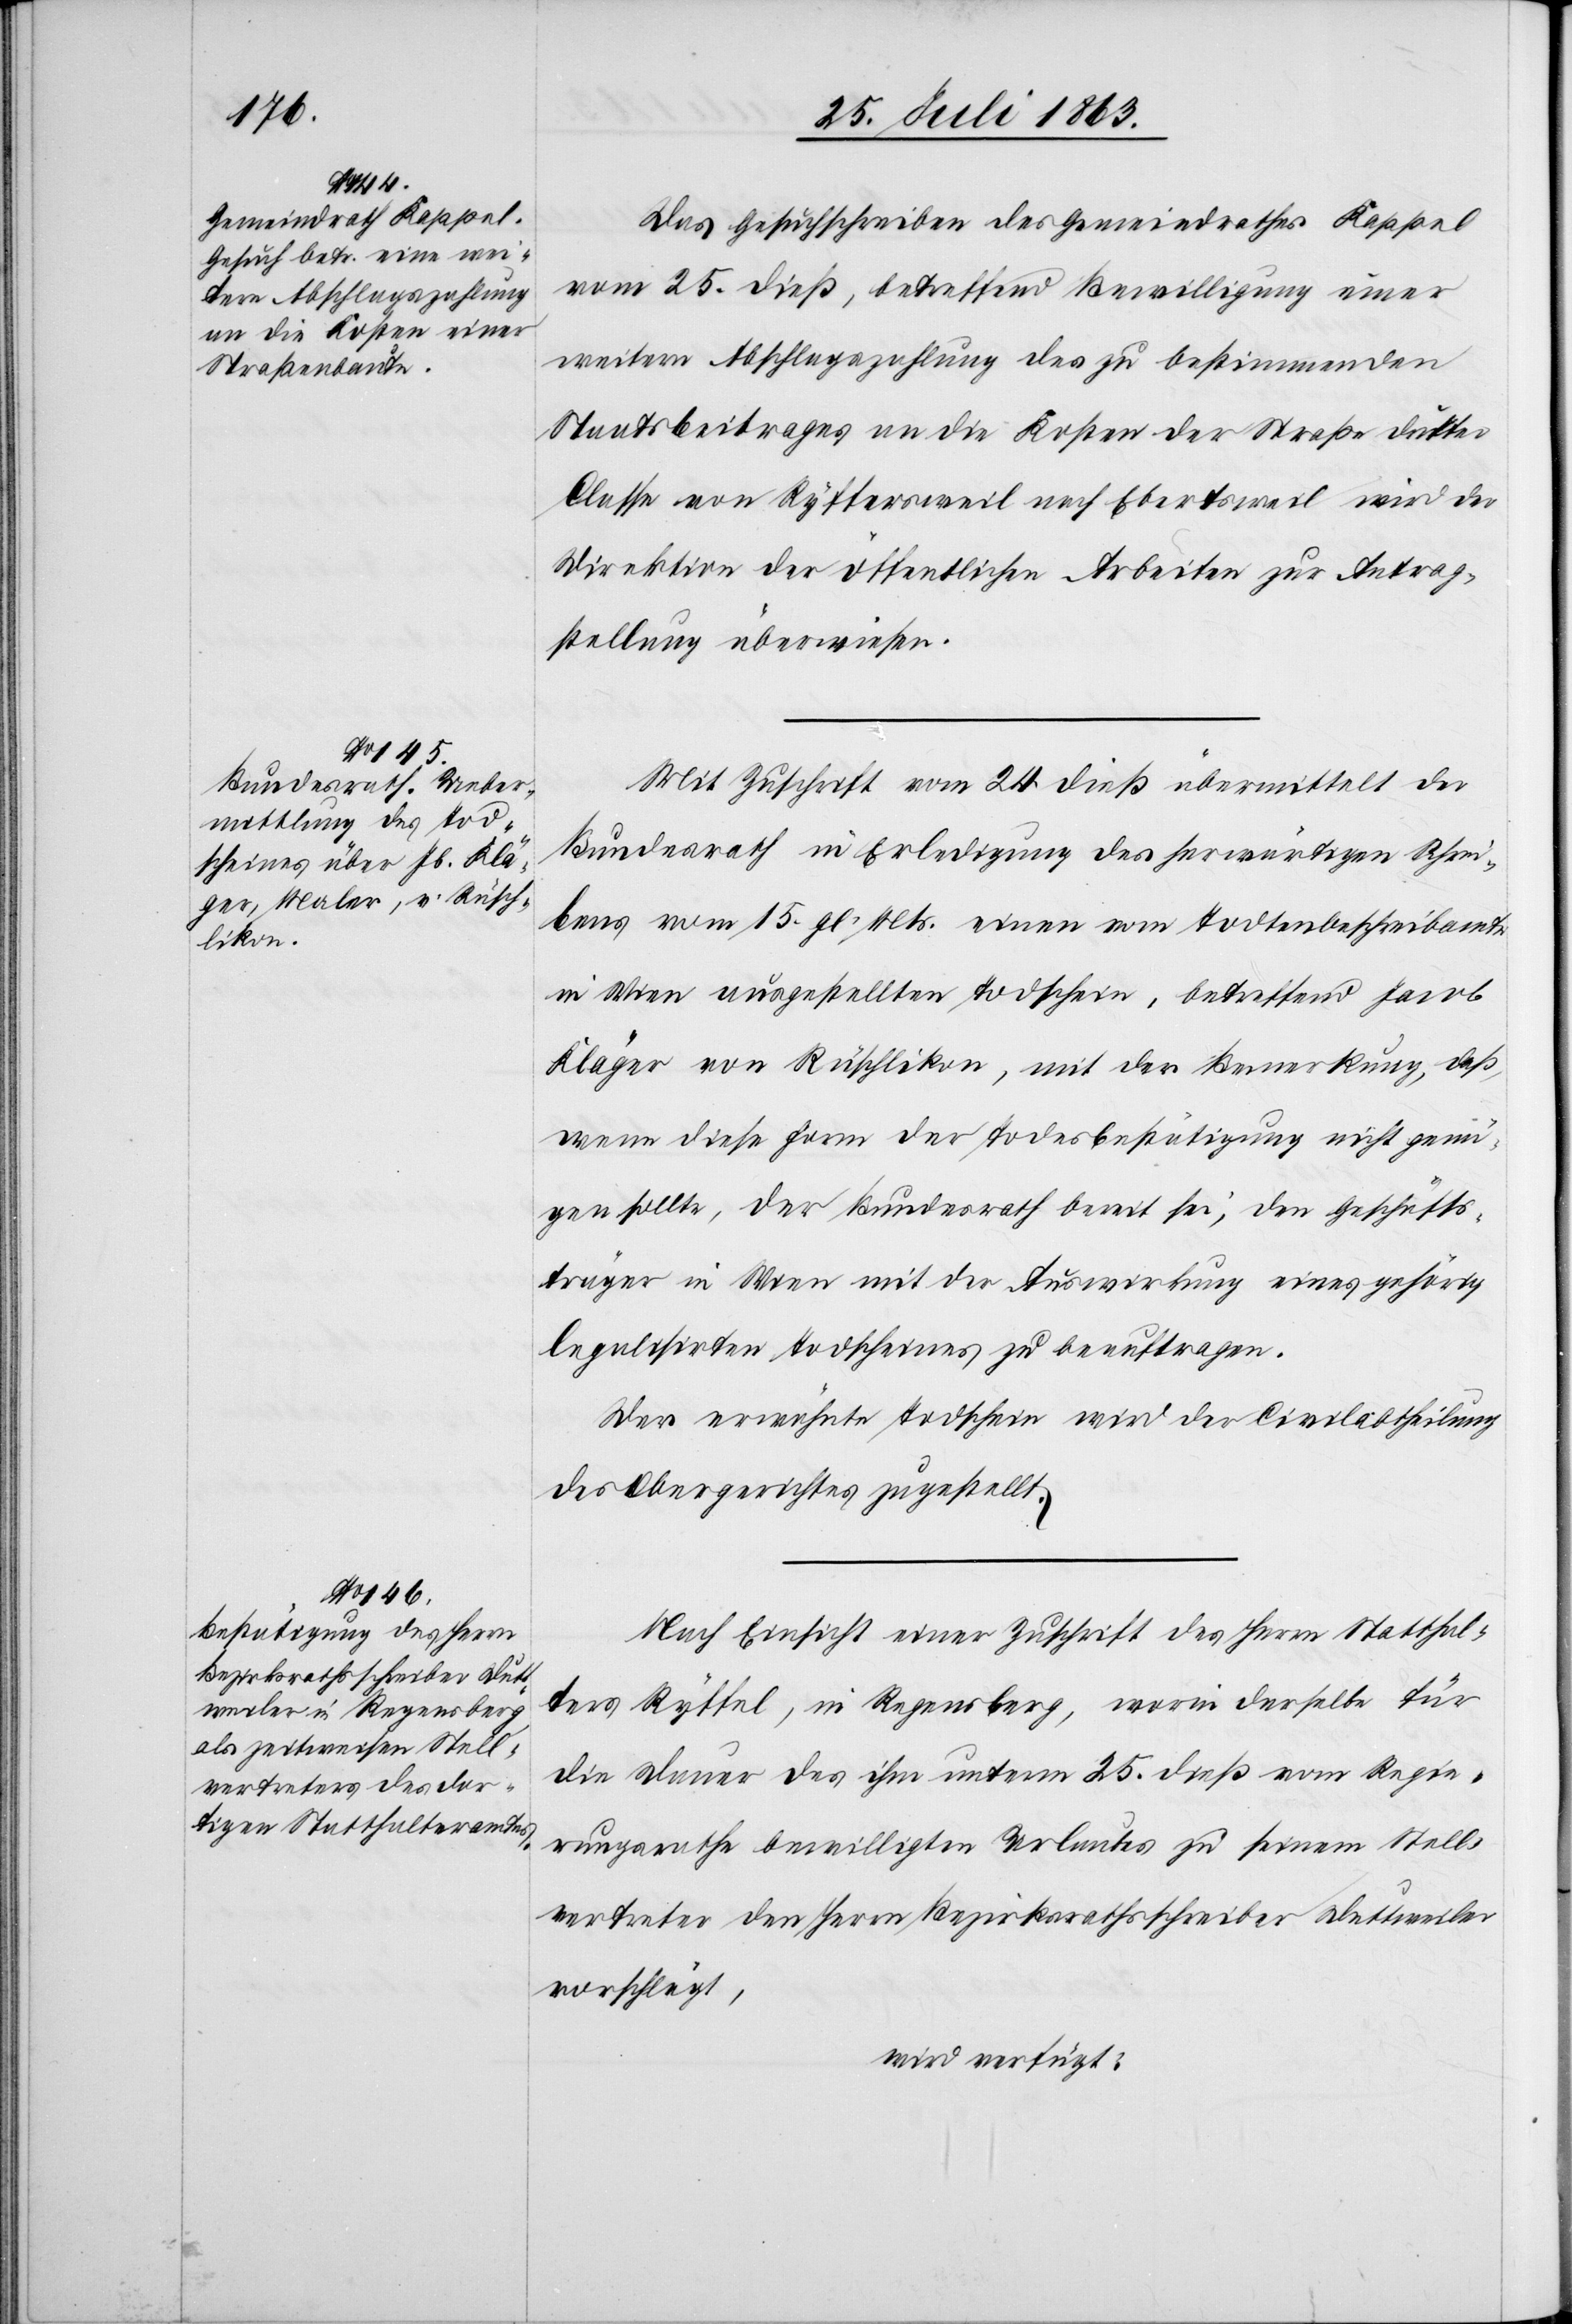
27. Juli 1863.]
Das Gesuchschreiben des Gemeindrathes Kappel
vom 25. dieß, betreffend Bewilligung einer
weitern Abschlagszahlung des zu bestimmenden
Staatsbeitrages an die Kosten der Straße dritter
Classe von Ryffersweil nach Ebertsweil wird der
Direktion der öffentlichen Arbeiten zur Antrag¬
stellung überwiesen.
Mit Zuschrift vom 24. dieß übermittelt der
Bundesrath in Erledigung des herwärtigen Schrei¬
bens vom 15. gl. Mts. einen vom Todtenbeschreibamte
in Wien ausgestellten Todschein, betreffend Jacob
Kläger von Rüschlikon, mit der Bemerkung, daß,
wenn diese Form der Todesbestätigung nicht genü¬
gen sollte, der Bundesrath bereit sei, den Geschäfts¬
träger in Wien mit der Auswirkung eines gehörig
legalisirten Todscheines zu beauftragen.
Der erwähnte Todschein wird der Civilabtheilung
des Obergerichtes zugestellt.
Nach Einsicht einer Zuschrift des Herrn Statthal¬
ters Ryffel, in Regensberg, worin derselbe für
die Dauer des ihm unterm 25. dieß vom Regie¬
rungsrathe bewilligten Urlaubes zu seinem Stell¬
vertreter den Herrn Bezirksrathsschreiber Duttweiler
vorschlägt,
wird verfügt: